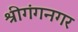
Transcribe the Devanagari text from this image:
श्रीगंगनगर